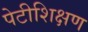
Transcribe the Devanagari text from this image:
पेटीशिक्षण